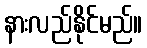
နားလည်နိုင်မည်။